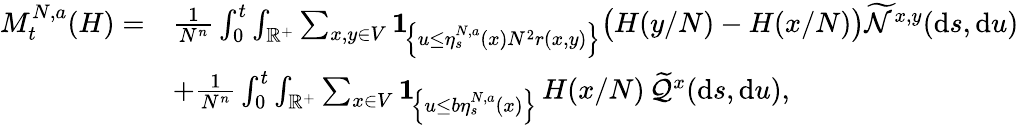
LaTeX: \begin{array}{rl}{M_{t}^{N,a}(H)=}&{\frac{1}{N^{n}}\int_{0}^{t}\int_{\mathbb R^{+}}\sum_{x,y\in V}\mathbf{1}\! _{\left\{ u\leq\eta_{s}^{N,a}(x)N^{2}r(x,y)\right\} }\big(H(y/N)-H(x/N)\big)\widetilde{\mathcal N}^{x,y}(\mathrm{d}s,\mathrm{d}u)}\\ &{+\frac{1}{N^{n}}\int_{0}^{t}\int_{\mathbb R^{+}}\sum_{x\in V}\mathbf{1}\! _{\left\{ u\leq b\eta_{s}^{N,a}(x)\right\} }\, H(x/N)\, \widetilde{{\mathcal Q}}^{x}(\mathrm{d}s,\mathrm{d}u),}\end{array}